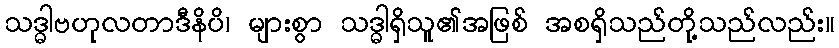
သဒ္ဓာဗဟုလတာဒီနိပိ၊ များစွာ သဒ္ဓာရှိသူ၏အဖြစ် အစရှိသည်တို့သည်လည်း။